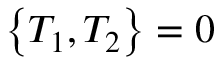
\left\{ T _ { 1 } , T _ { 2 } \right\} = 0